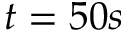
t = 5 0 s